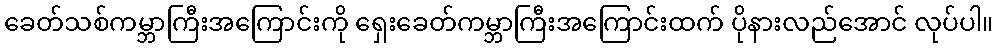
ခေတ်သစ်ကမ္ဘာကြီးအကြောင်းကို ရှေးခေတ်ကမ္ဘာကြီးအကြောင်းထက် ပိုနားလည်အောင် လုပ်ပါ။